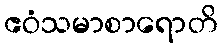
ဧဝံသမာစာရောတိ